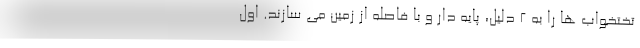
تختخواب ها را به ۲ دلیل، پایه دار و با فاصله از زمین می سازند. اول